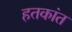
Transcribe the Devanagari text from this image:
हतकांत